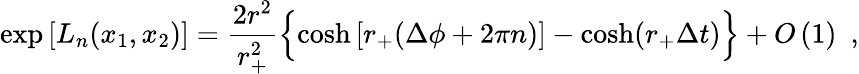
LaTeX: \exp\left[L_{n}(x_{1},x_{2})\right]=\frac{2r^{2}}{r_{+}^{2}}\left\{ \cosh\left[r_{+}(\Delta\phi+2\pi n)\right]-\cosh(r_{+}\Delta t)\vphantom{A_{A}^{A}}\right\} +O\left(1\right)\ \ ,